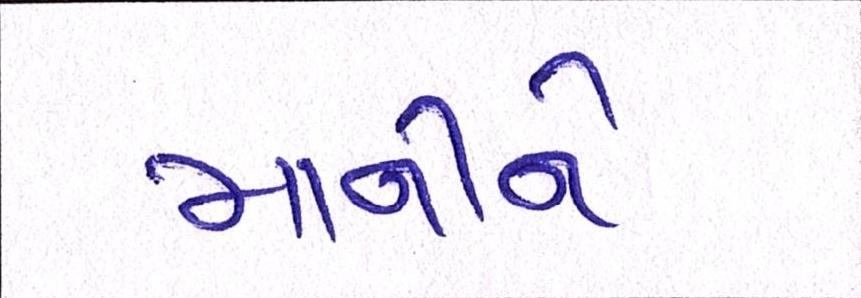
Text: માનીને